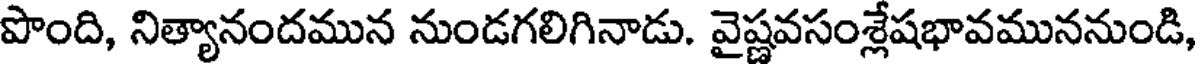
పొంది, నిత్యానందమున నుండగలిగినాడు. వైష్ణవసంశ్లేషభావముననుండి,